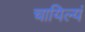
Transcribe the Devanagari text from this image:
चायिल्यं